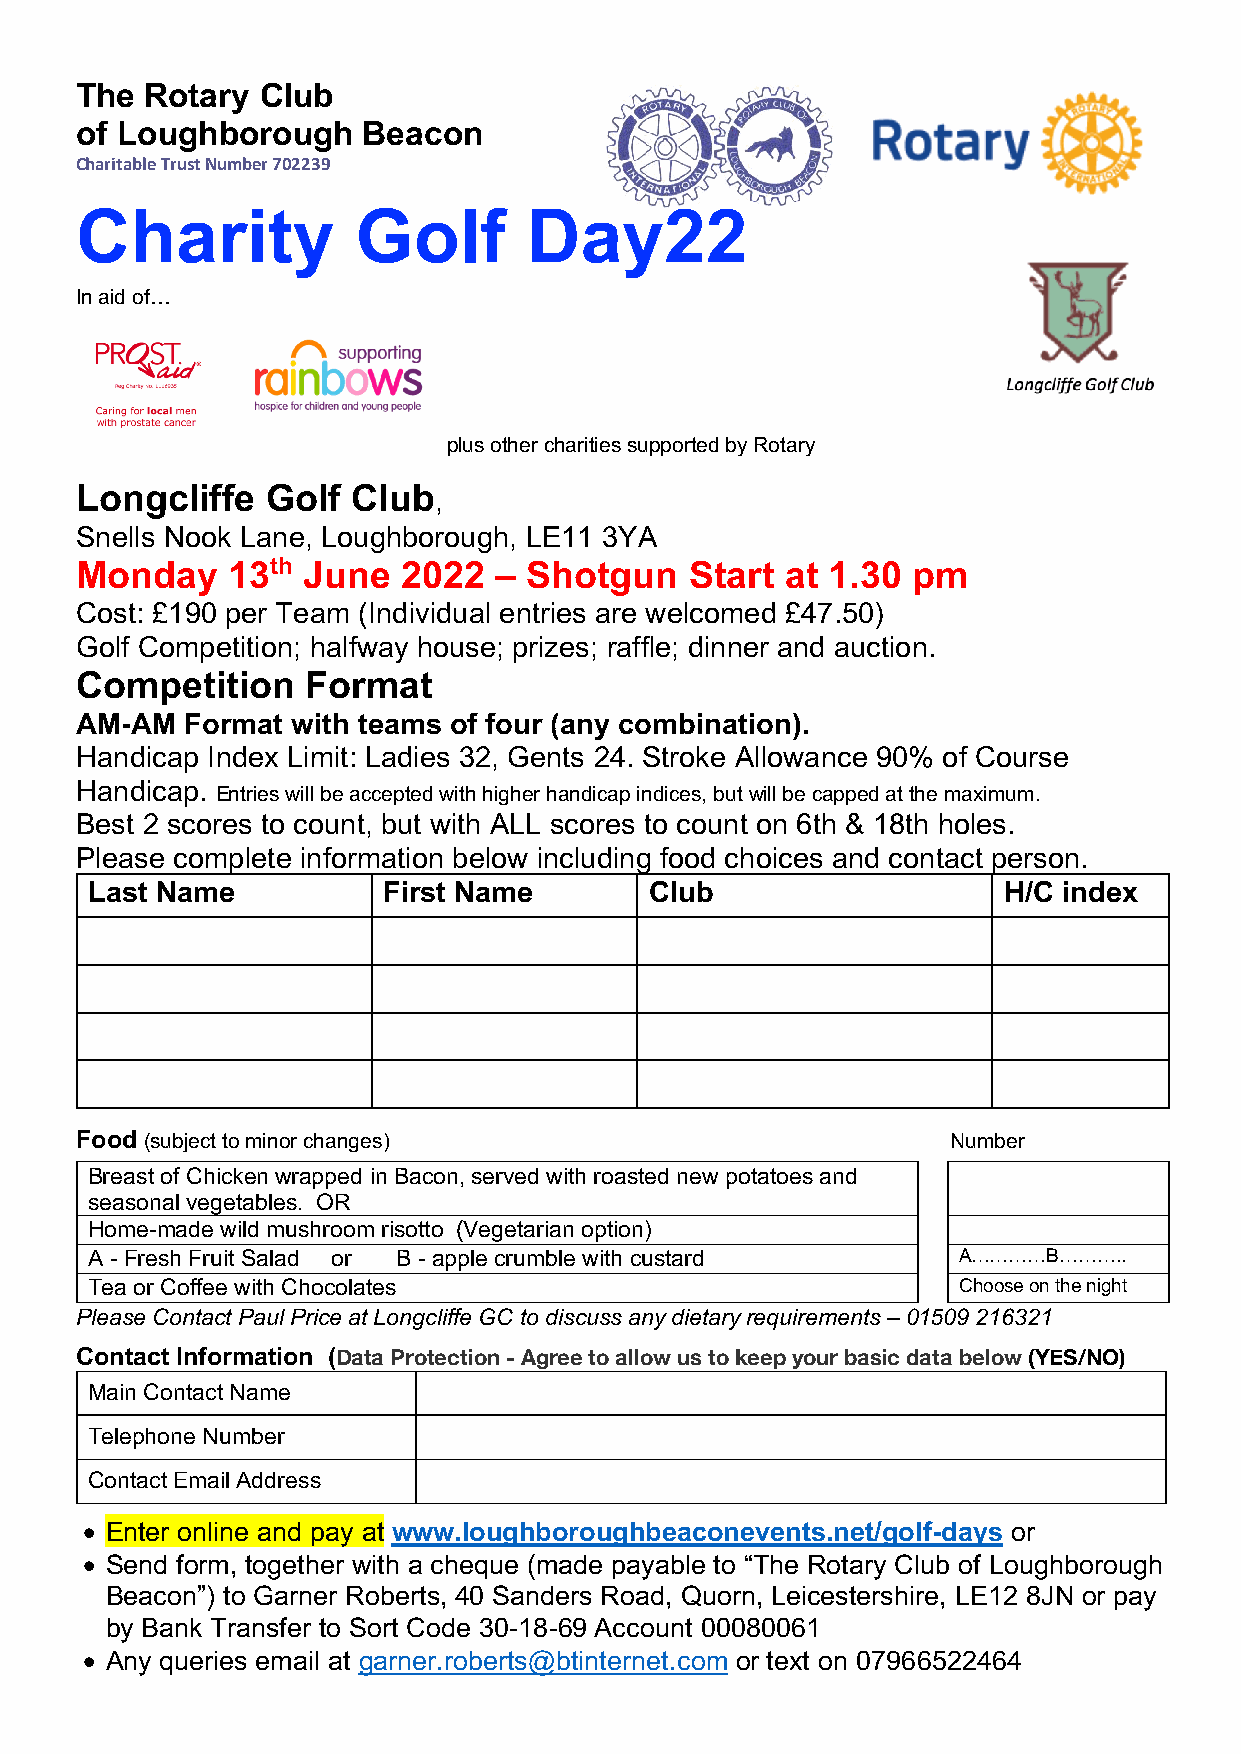
The  Rotary Club
 of Loughborough    Beacon
 Charitable Trust Number 702239
 Charity            Golf       Day22
 In aid of…
 plus other charities supported by Rotary
 Longcliffe   Golf Club
 ,
 Snells Nook Lane, Loughborough, LE11 3YA
 Monday    13th June   2022  – Shotgun    Start at 1.30 pm
 Cost: £190 per Team (Individual entries are welcomed £47.50)
 Golf Competition; halfway house; prizes; raffle; dinner and auction.
 Competition    Format
 AM-AM  Format with teams of four (any combination).
 Handicap Index Limit: Ladies 32, Gents 24. Stroke Allowance 90% of Course
 Handicap.
 Entries will be accepted with higher handicap indices, but will be capped at the maximum.
 Best 2 scores to count, but with ALL scores to count on 6th & 18th holes.
 Please complete information below including food choices and contact person.
 Last Name          First Name        Club                   H/C index
 Food (subject to minor changes)                           Number
 Breast of Chicken wrapped in Bacon, served with roasted new potatoes and
 seasonal vegetables. OR
 Home-made wild mushroom risotto (Vegetarian option)
 A - Fresh Fruit Salad or B - apple crumble with custard  A…………B………..
 Tea or Coffee with Chocolates                            Choose on the night
 Please Contact Paul Price at Longcliffe GC to discuss any dietary requirements – 01509 216321
 Contact Information (Data Protection - Agree to allow us to keep your basic data below (YES/NO)
 Main Contact Name
 Telephone Number
 Contact Email Address
 • Enter online and pay at www.loughboroughbeaconevents.net/golf-days or
 • Send form, together with a cheque (made payable to “The Rotary Club of Loughborough
 Beacon”) to Garner Roberts, 40 Sanders Road, Quorn, Leicestershire, LE12 8JN or pay
 by Bank Transfer to Sort Code 30-18-69 Account 00080061
 • Any queries email at garner.roberts@btinternet.com or text on 07966522464